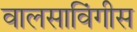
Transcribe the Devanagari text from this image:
वालसाविंगीस